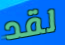
لقد